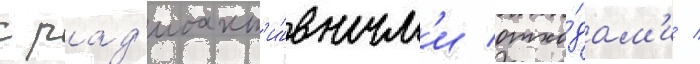
с рад'иоакт'и́вным'и отхо́дам'и /